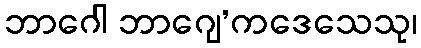
ဘာဂေါ ဘာဂျေ’ကဒေသေသု၊